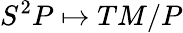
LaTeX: S^{2}P\mapsto TM/P